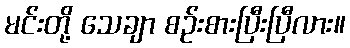
မင်းတို့ သေချာ စဉ်းစားပြီးပြီလား။